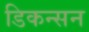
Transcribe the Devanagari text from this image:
डिकन्सन